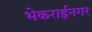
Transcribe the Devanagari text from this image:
भेकराईनगर